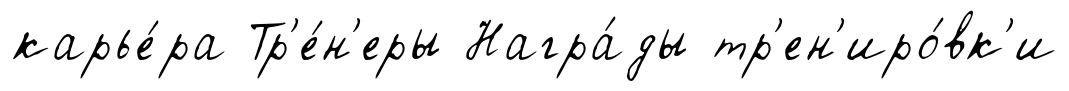
карье́ра Тр'е́н'еры Награ́ды тр'ен'иро́вк'и